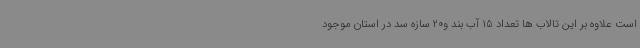
است علاوه بر این تالاب ها تعداد 15 آب بند و20 سازه سد در استان موجود